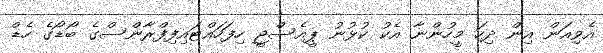
އެވިއަން އިން ދިހަ މީހުންނާ އެކު ކުޅުނު ޕީއެސްޖީ ހިފަހައްޓައިފިފްރާންސްގެ ބޯޑޯގެ ހެޑް